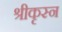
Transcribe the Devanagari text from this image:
श्रीकृस्‍न